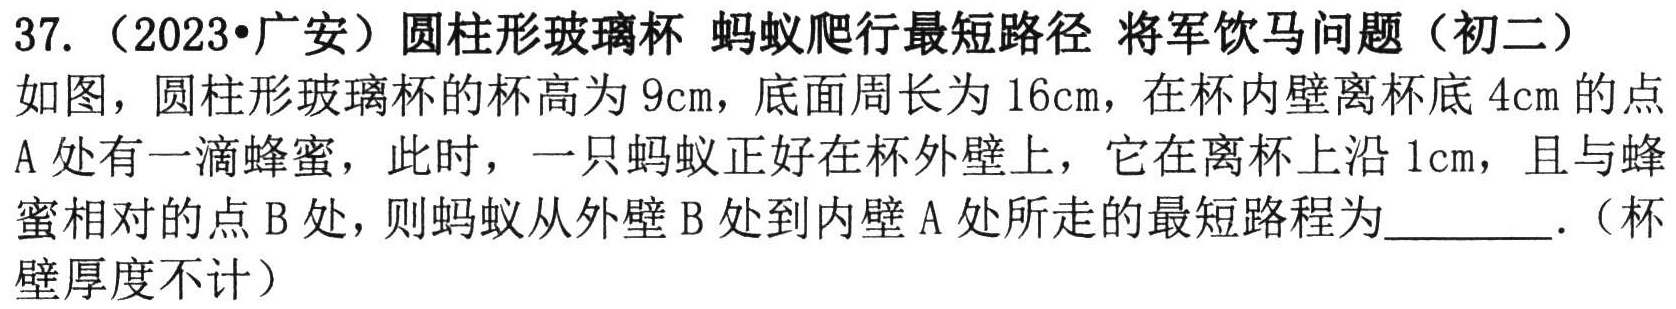
37. （2023•广安）圆柱形玻璃杯 蚂蚁爬行最短路径 将军饮马问题（初二）
如图，圆柱形玻璃杯的杯高为\(9\text{cm}\)，底面周长为\(16\text{cm}\)，在杯内壁离杯底\(4\text{cm}\)的点\(A\)处有一滴蜂蜜，此时，一只蚂蚁正好在杯外壁上，它在离杯上沿\(1\text{cm}\)，且与蜂蜜相对的点\(B\)处，则蚂蚁从外壁\(B\)处到内壁\(A\)处所走的最短路程为  ．（杯壁厚度不计）